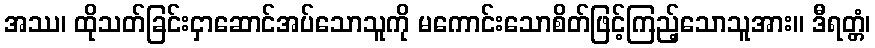
အဿ၊ ထိုသတ်ခြင်းငှာဆောင်အပ်သောသူကို မကောင်းသောစိတ်ဖြင့်ကြည့်သောသူအား။ ဒီရတ္တံ၊